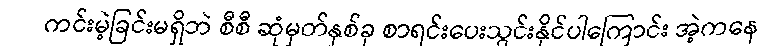
ကင်းမဲ့ခြင်းမရှိဘဲ စီစီ ဆုံမှတ်နှစ်ခု စာရင်းပေးသွင်းနိုင်ပါကြောင်း အဲ့ကနေ